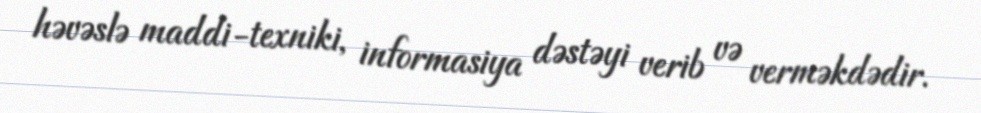
həvəslə maddi-texniki, informasiya dəstəyi verib və verməkdədir.